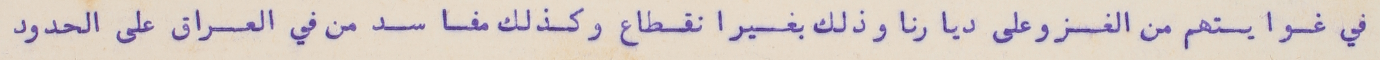
في غوايتهم من الغزو على ديارنا وذلك بغير انقطاع وكذلك مفا سد من في العراق على الحدود